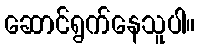
ဆောင်ရွက်နေသူပါ။